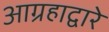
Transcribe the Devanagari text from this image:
आग्रहाद्वारे